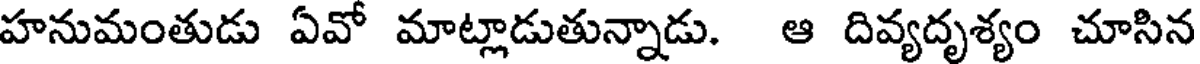
హనుమంతుడు ఏవో మాట్లాడుతున్నాడు. ఆ దివ్యదృశ్యం చూసిన